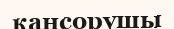
қансорушы